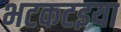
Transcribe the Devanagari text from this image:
भटकटइया